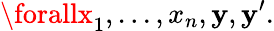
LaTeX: \forallx_{1},...,x_{n},\mathbf{y},\mathbf{y}^{\prime}.